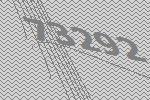
73292